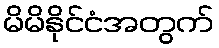
မိမိနိုင်ငံအတွက်